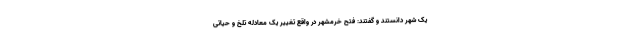
یک شهر دانستند و گفتند: فتح خرمشهر در واقع تغییر یک معادله تلخ و حیاتی